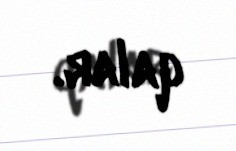
qalar.